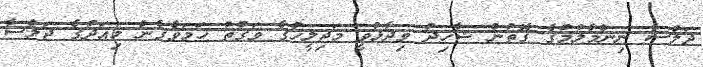
ޖަލްސާ ނިންމާލުމުގެ ގޮތުން ޝާހިދު ވިދާޅުވީ މަޖިލީހުގެ ވަގުތު ހަމަވެގެން މިއަދުގެ ޖަލްސާ